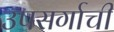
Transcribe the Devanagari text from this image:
उपसर्गाची